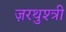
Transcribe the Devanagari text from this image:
ज़रथुश्त्री